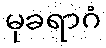
မုခရာဂံ